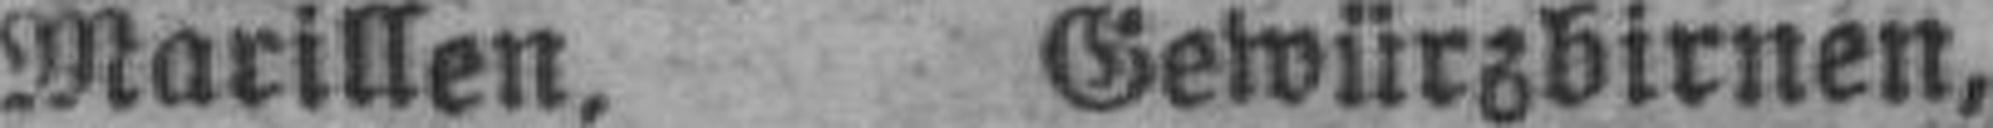
Marillen. Gewürzbirnen,